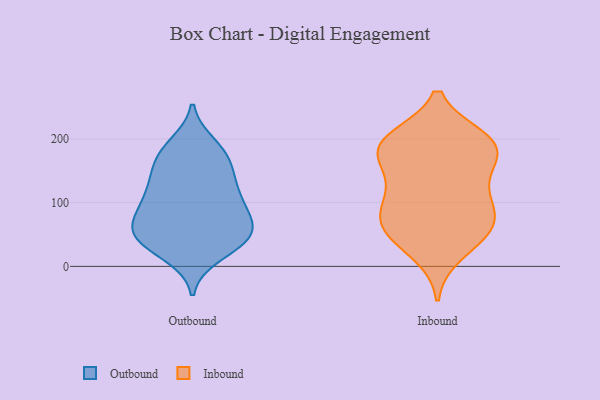
{"axis": {"x": "Production Output", "y": "Value"}, "legend": ["Inbound", "Outbound"], "data": [{"x": "", "y": 134, "type": "Outbound"}, {"x": "", "y": 42, "type": "Outbound"}, {"x": "", "y": 121, "type": "Outbound"}, {"x": "", "y": 169, "type": "Outbound"}, {"x": "", "y": 55, "type": "Outbound"}, {"x": "", "y": 34, "type": "Outbound"}, {"x": "", "y": 53, "type": "Outbound"}, {"x": "", "y": 98, "type": "Outbound"}, {"x": "", "y": 140, "type": "Outbound"}, {"x": "", "y": 66, "type": "Outbound"}, {"x": "", "y": 170, "type": "Outbound"}, {"x": "", "y": 190, "type": "Outbound"}, {"x": "", "y": 83, "type": "Outbound"}, {"x": "", "y": 42, "type": "Outbound"}, {"x": "", "y": 180, "type": "Outbound"}, {"x": "", "y": 19, "type": "Outbound"}, {"x": "", "y": 109, "type": "Outbound"}, {"x": "", "y": 52, "type": "Outbound"}, {"x": "", "y": 89, "type": "Outbound"}, {"x": "", "y": 52, "type": "Inbound"}, {"x": "", "y": 98, "type": "Inbound"}, {"x": "", "y": 182, "type": "Inbound"}, {"x": "", "y": 190, "type": "Inbound"}, {"x": "", "y": 123, "type": "Inbound"}, {"x": "", "y": 21, "type": "Inbound"}, {"x": "", "y": 142, "type": "Inbound"}, {"x": "", "y": 56, "type": "Inbound"}, {"x": "", "y": 72, "type": "Inbound"}, {"x": "", "y": 194, "type": "Inbound"}, {"x": "", "y": 188, "type": "Inbound"}, {"x": "", "y": 96, "type": "Inbound"}, {"x": "", "y": 197, "type": "Inbound"}, {"x": "", "y": 52, "type": "Inbound"}, {"x": "", "y": 161, "type": "Inbound"}, {"x": "", "y": 200, "type": "Inbound"}, {"x": "", "y": 79, "type": "Inbound"}]}